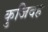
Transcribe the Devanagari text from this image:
कुजिदह